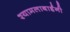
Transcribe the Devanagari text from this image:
श्यामलाबाईंनी